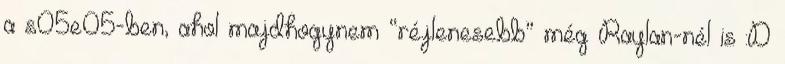
a s05e05-ben, ahol majdhogynem “réjlenesebb” még Raylan-nél is :D